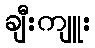
ချီးကျူး